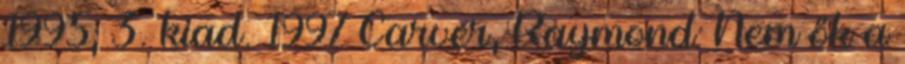
1995; 3. kiad. 1997 Carver, Raymond: Nem ők a